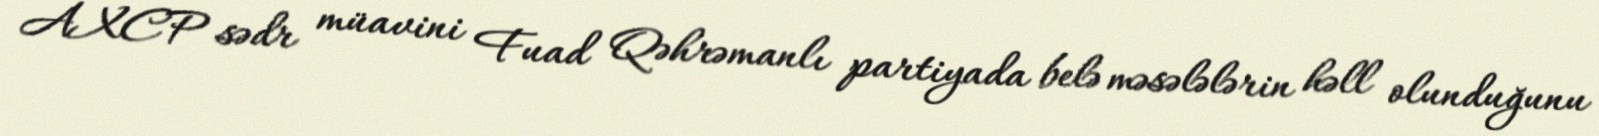
AXCP sədr müavini Fuad Qəhrəmanlı partiyada belə məsələlərin həll olunduğunu